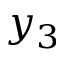
y _ { 3 }